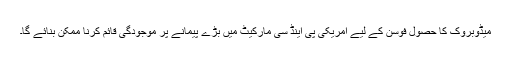
میڈوبروک کا حصول فوسن کے لیے امریکی پی اینڈ سی مارکیٹ میں بڑے پیمانے پر موجودگی قائم کرنا ممکن بنائے گا۔